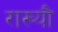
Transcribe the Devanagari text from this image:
राख्यौ